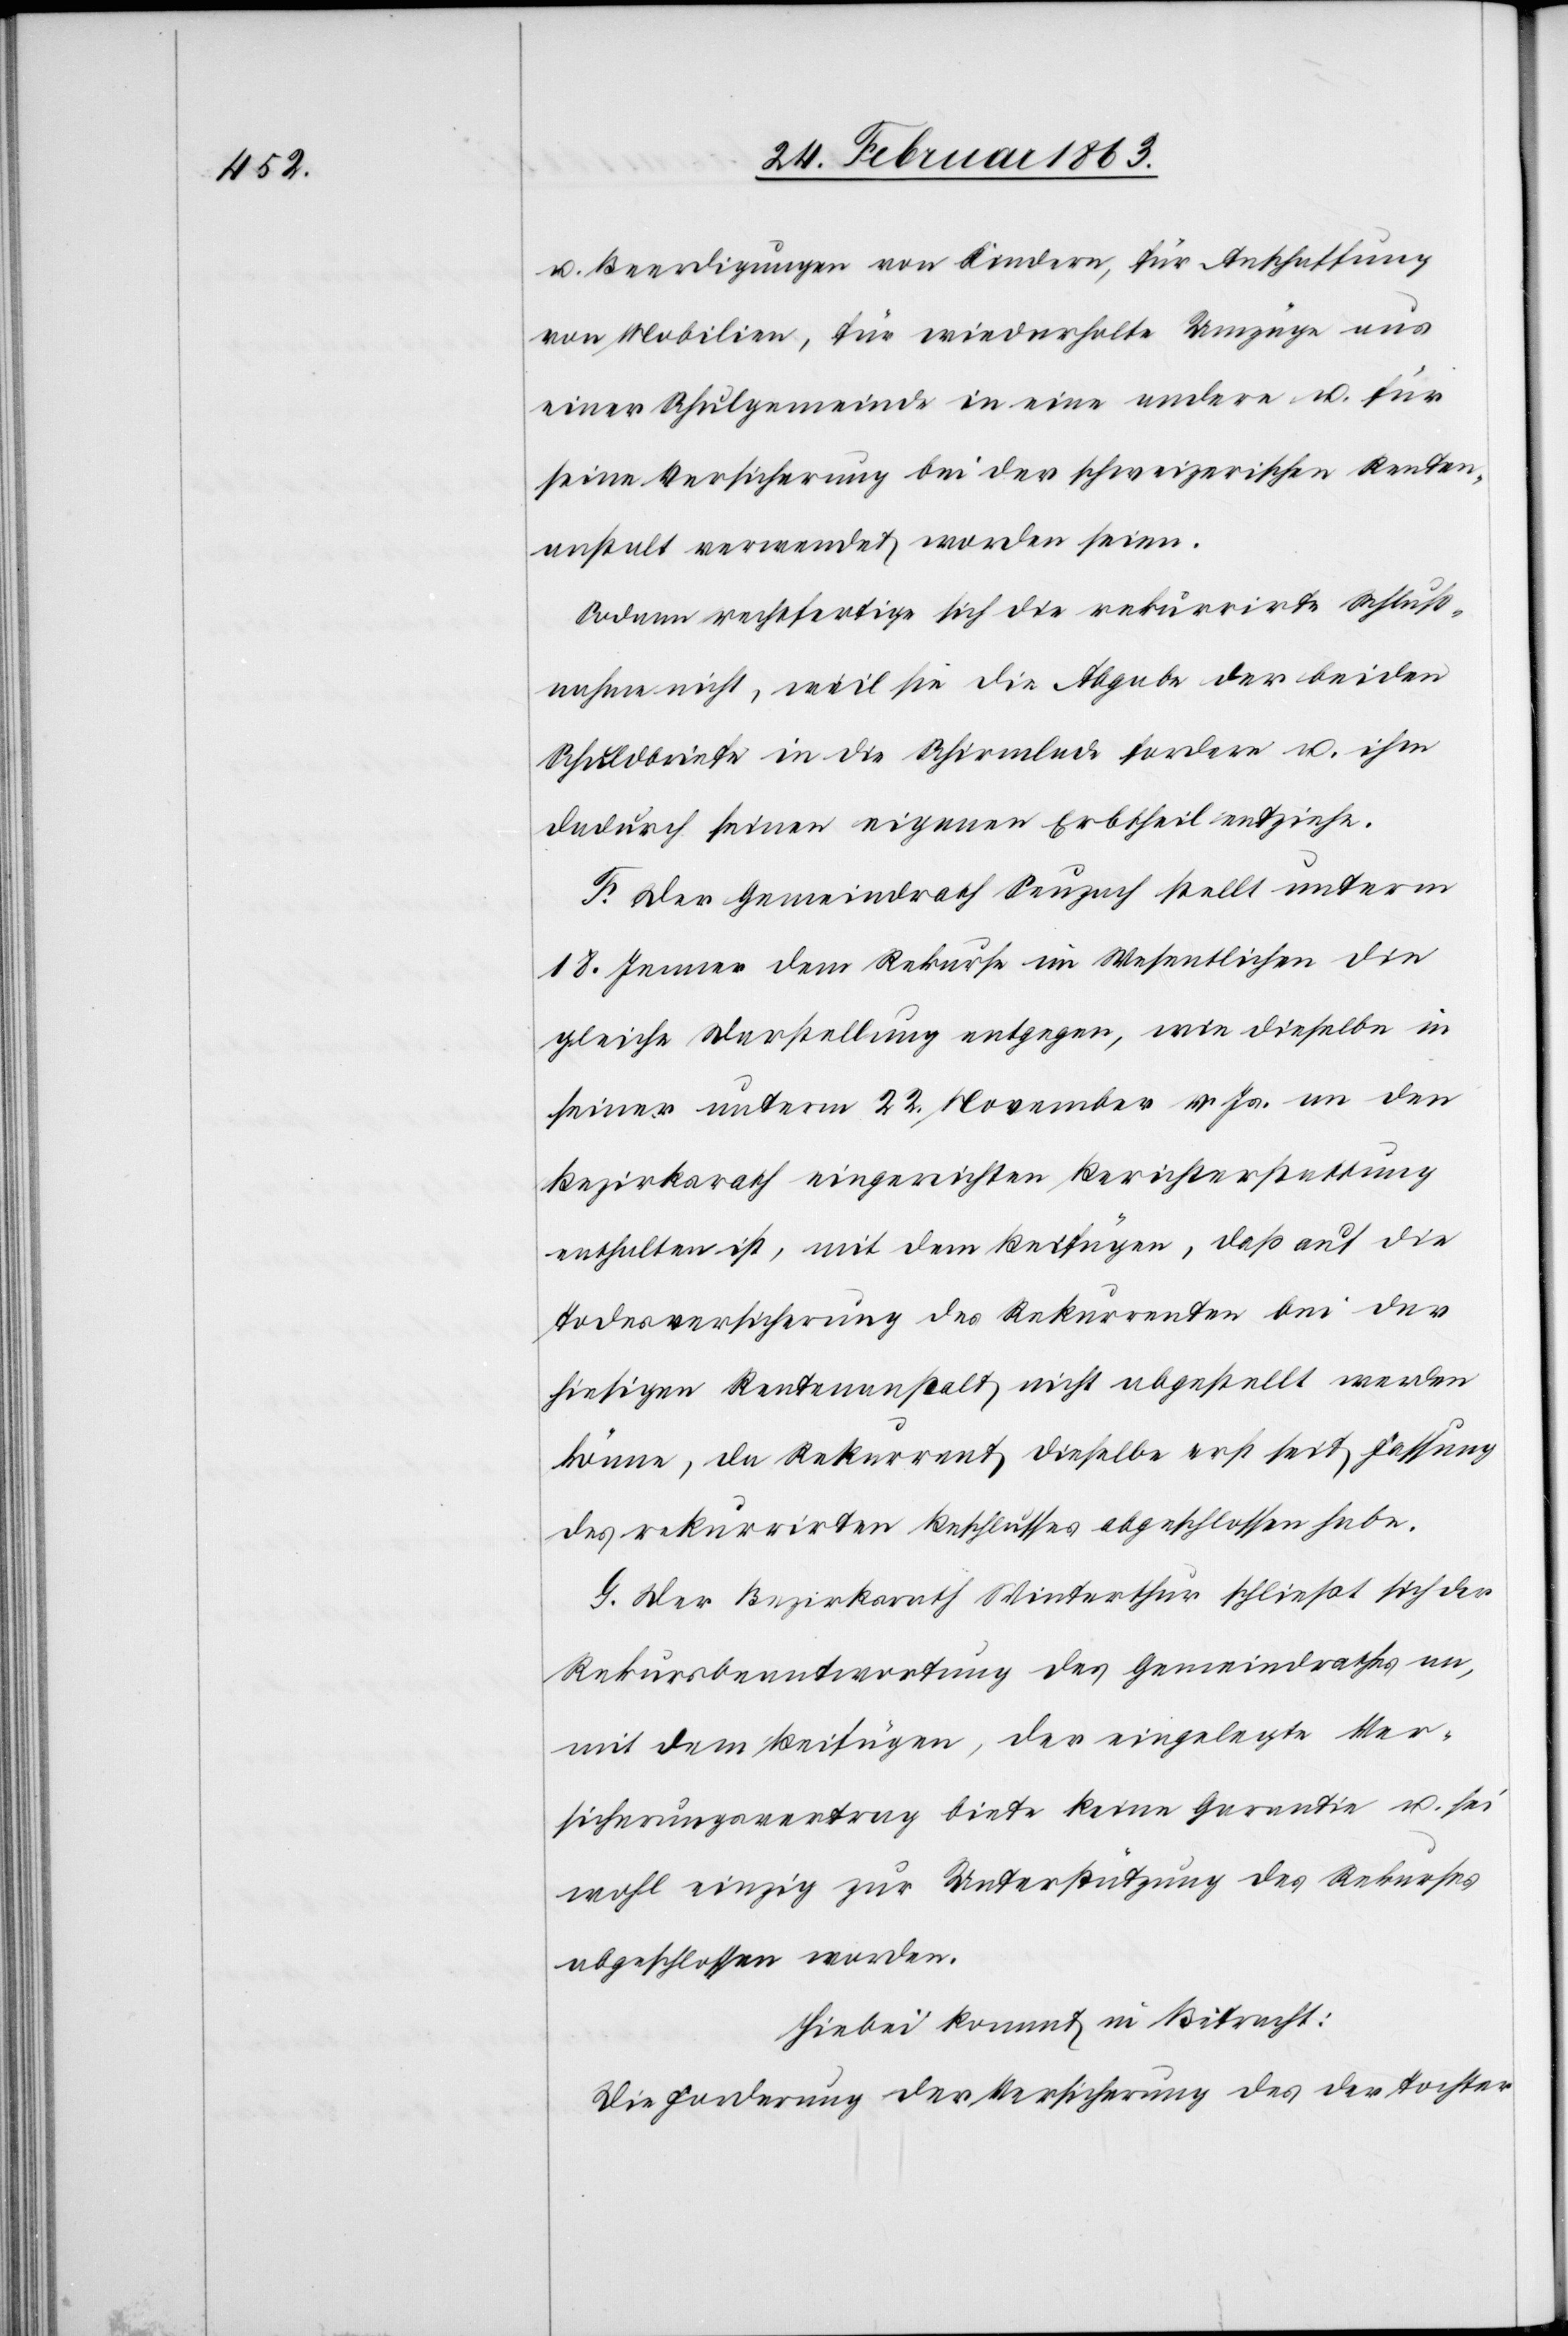
u. Beerdigungen von Kindern, für Anschaffung
von Mobilien, für wiederholte Umzüge aus
einer Schulgemeinde in eine andere u. für
seine Versicherung bei der schweizerischen Renten¬
anstalt verwendet worden seien.
Sodann rechtfertige sich die rekurrirte Schluß¬
nahme nicht, weil sie die Abgabe der beiden
Schuldbriefe in die Schirmlade fordere u. ihm
dadurch seinen eigenen Erbtheil entziehe.
F. Der Gemeindrath Seuzach stellt unterm
18. Jenner dem Rekurse im Wesentlichen die
gleiche Darstellung entgegen, wie dieselbe in
seiner unterm 22. November v. Js. an den
Bezirksrath eingereichten Berichterstattung
enthalten ist, mit dem Beifügen, daß auf die
Todesversicherung des Rekurrenten bei der
hiesigen Rentenanstalt nicht abgestellt werden
könne, da Rekurrent dieselbe erst seit Fassung
des rekurrirten Beschlusses abgeschlossen habe.
G. Der Bezirksrath Winterthur schließt sich der
Rekursbeantwortung des Gemeindrathes an,
mit dem Beifügen, der eingelegte Ver¬
sicherungsvertrag biete keine Garantie u. sei
wohl einzig zur Unterstützung des Rekurses
abgeschlossen worden.
Hiebei kommt in Betracht:
Die Forderung der Versicherung des der Tochter